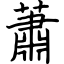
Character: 蕭